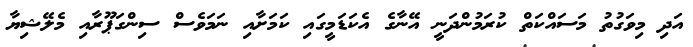
އަދި މިވަގުތު މަސައްކަތް ކުރަމުންދަނީ އޭނާގެ އެކަޑަމީގައި ކަމަށާއި ނަމަވެސް ސިންގަޕޫރާއި މެލޭޝިޔާ